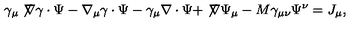
\gamma _ { \mu } \not \! \nabla \gamma \cdot \Psi - \nabla _ { \mu } \gamma \cdot \Psi - \gamma _ { \mu } \nabla \cdot \Psi + \not \! \nabla \Psi _ { \mu } - M \gamma _ { \mu \nu } \Psi ^ { \nu } = J _ { \mu } ,